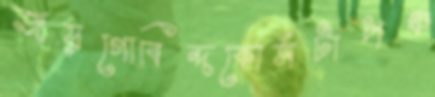
জয়গোবিন্দকোর্সটাপঞ্চ